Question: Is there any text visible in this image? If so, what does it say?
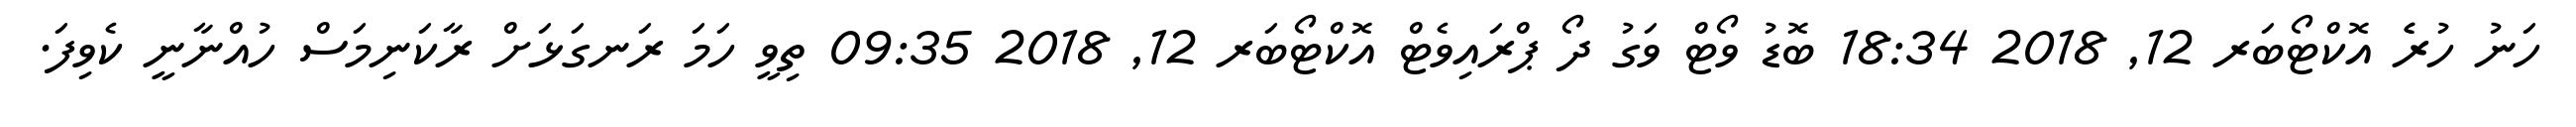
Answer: ހަނު ހުރެެ އޮކްޓޯބަރ 12, 2018 18:34 ބޮޑު ވޯޓް ވަގު ދޯ ޕްރައިވެޓް އޮކްޓޯބަރ 12, 2018 09:35 ތިވީ ހަމަ ރަނގަޅަށް ރާކަނިމަސް ހުއްނާނީ ކެވިފަ.